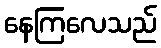
နေကြလေသည်